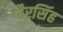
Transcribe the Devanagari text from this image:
बैरसिंह